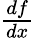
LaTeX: \textstyle{\frac{df}{dx}}